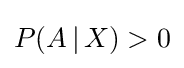
P(A\,|\,X)>0